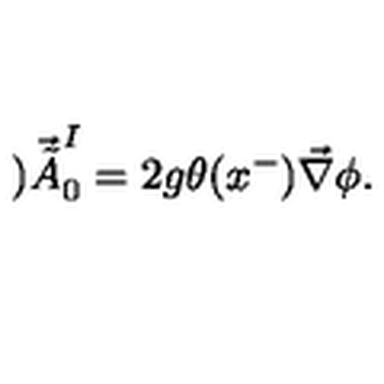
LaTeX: ) \vec { \tilde { A } } _ { 0 } ^ { I } = 2 g \theta ( x ^ { - } ) \vec { \nabla } \phi .